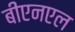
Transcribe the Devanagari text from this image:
बीएनएल